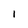
Character: 1